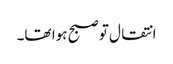
انتقال تو صبح ہوا تھا۔